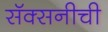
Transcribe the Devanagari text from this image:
सॅक्सनीची